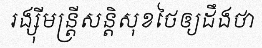
រង្ស៊ីមន្ត្រីសន្តិសុខថៃឲ្យដឹងថា